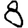
Digit: 8